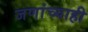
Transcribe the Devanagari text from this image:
जणांच्याही